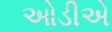
ઓડીએ